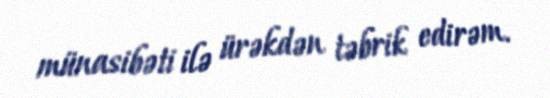
münasibəti ilə ürəkdən təbrik edirəm.